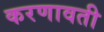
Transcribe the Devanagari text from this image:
करणावती